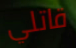
قاتلي